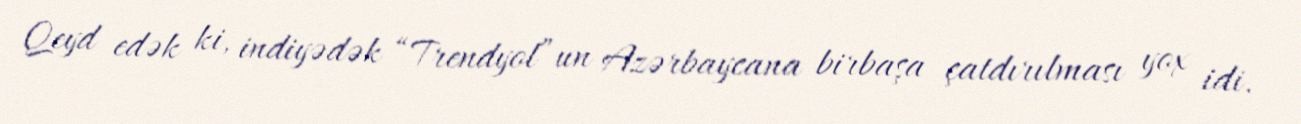
Qeyd edək ki, indiyədək “Trendyol”un Azərbaycana birbaşa çatdırılması yox idi.